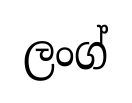
ලංග්